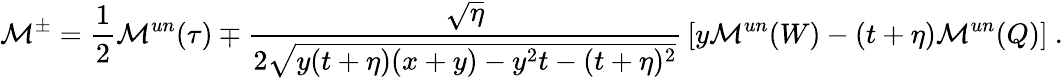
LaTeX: {\cal M}^{\pm}={\frac{1}{2}}{\cal M}^{un}(\tau)\mp{\frac{\sqrt{\eta}}{2\sqrt{y(t+\eta)(x+y)-y^{2}t-(t+\eta)^{2}}}}\left[y{\cal M}^{un}(W)-(t+\eta){\cal M}^{un}(Q)\right]\ .